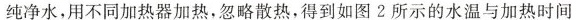
纯净水，用不同加热器加热，忽略散热，得到如图2所示的水温与加热时间